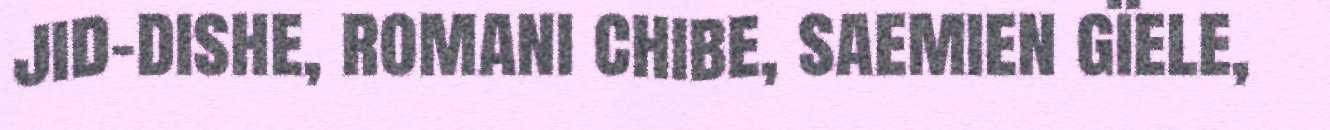
jid-dishe, romani chibe, saemien gïele,